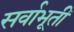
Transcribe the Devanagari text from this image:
सर्वाभूतीं